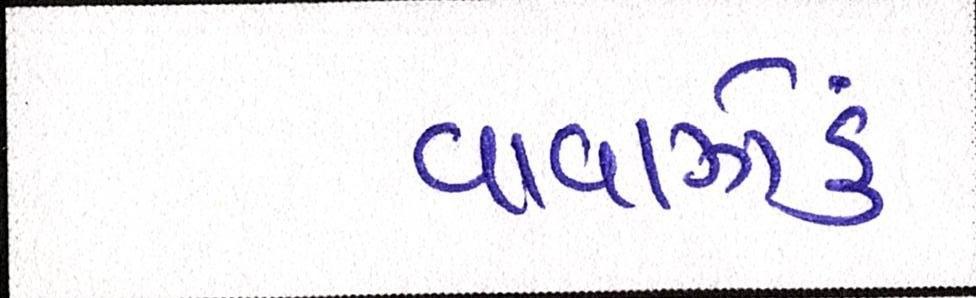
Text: વાવાઝોડું